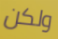
ولكن